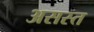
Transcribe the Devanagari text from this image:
असस्त